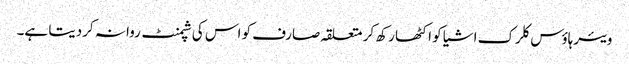
ویئرہاؤس کلرک اشیا کو اکٹھا رکھ کر متعلقہ صارف کو اس کی شپمنٹ روانہ کردیتا ہے۔